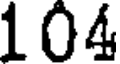
104